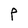
Character: P